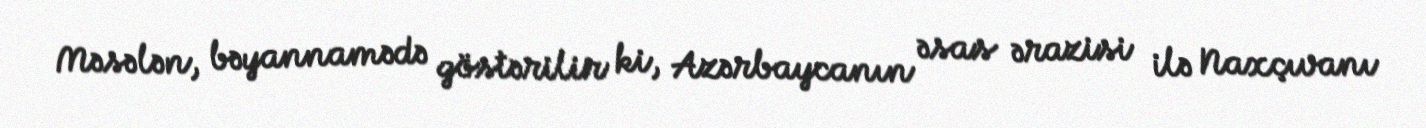
Məsələn, bəyannamədə göstərilir ki, Azərbaycanın əsas ərazisi ilə Naxçıvanı